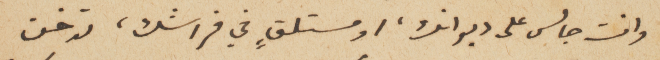
وانت جالس على ديوانك، او مستلقٍ في فراشك، تدخن